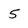
Character: 5